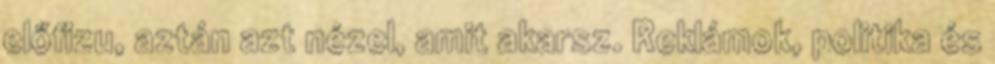
előfizu, aztán azt nézel, amit akarsz. Reklámok, politika és